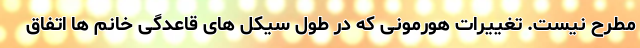
مطرح نیست. تغییرات هورمونی که در طول سیکل های قاعدگی خانم ها اتفاق